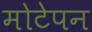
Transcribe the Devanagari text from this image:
मोटेपन